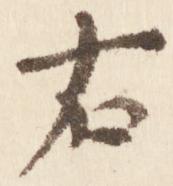
右